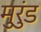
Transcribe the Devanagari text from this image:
मुरुंड